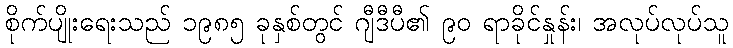
စိုက်ပျိုးရေးသည် ၁၉၈၅ ခုနှစ်တွင် ဂျီဒီပီ၏ ၉၀ ရာခိုင်နှုန်း၊ အလုပ်လုပ်သူ